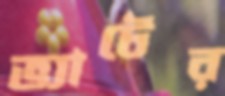
ভ্যাটের